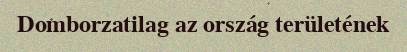
Domborzatilag az ország területének